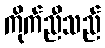
ကိုက်ညီသည်